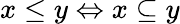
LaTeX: x\leq y\Leftrightarrow x\subseteq y